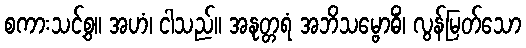
စကားသင့်စွ။ အဟံ၊ ငါသည်။ အနုတ္တရံ အဘိသမ္ဗောဓိံ၊ လွန်မြတ်သော